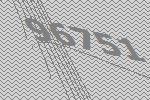
96751